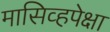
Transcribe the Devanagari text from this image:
मासिव्हपेक्षा